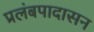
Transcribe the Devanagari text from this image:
प्रलंबपादासन